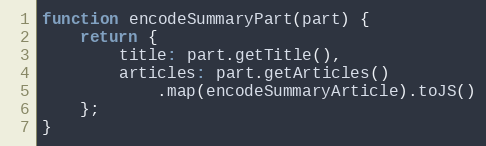
Language: JavaScript
function encodeSummaryPart(part) {
    return {
        title: part.getTitle(),
        articles: part.getArticles()
            .map(encodeSummaryArticle).toJS()
    };
}